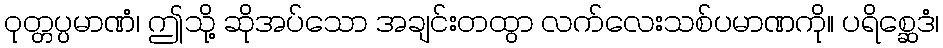
ဝုတ္တပ္ပမာဏံ၊ ဤသို့ ဆိုအပ်သော အချင်းတထွာ လက်လေးသစ်ပမာဏကို။ ပရိစ္ဆေဒံ၊